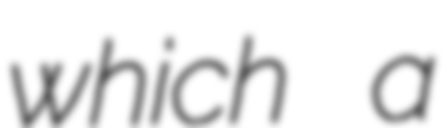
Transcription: which a